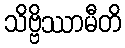
သိဗ္ဗိဿာမီတိ